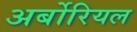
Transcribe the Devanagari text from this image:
अर्बोरियल